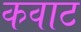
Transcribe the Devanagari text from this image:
कवाट